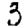
Digit: 3